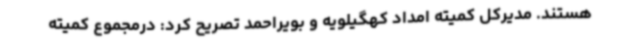
هستند. مدیرکل کمیته امداد کهگیلویه و بویراحمد تصریح کرد: درمجموع کمیته